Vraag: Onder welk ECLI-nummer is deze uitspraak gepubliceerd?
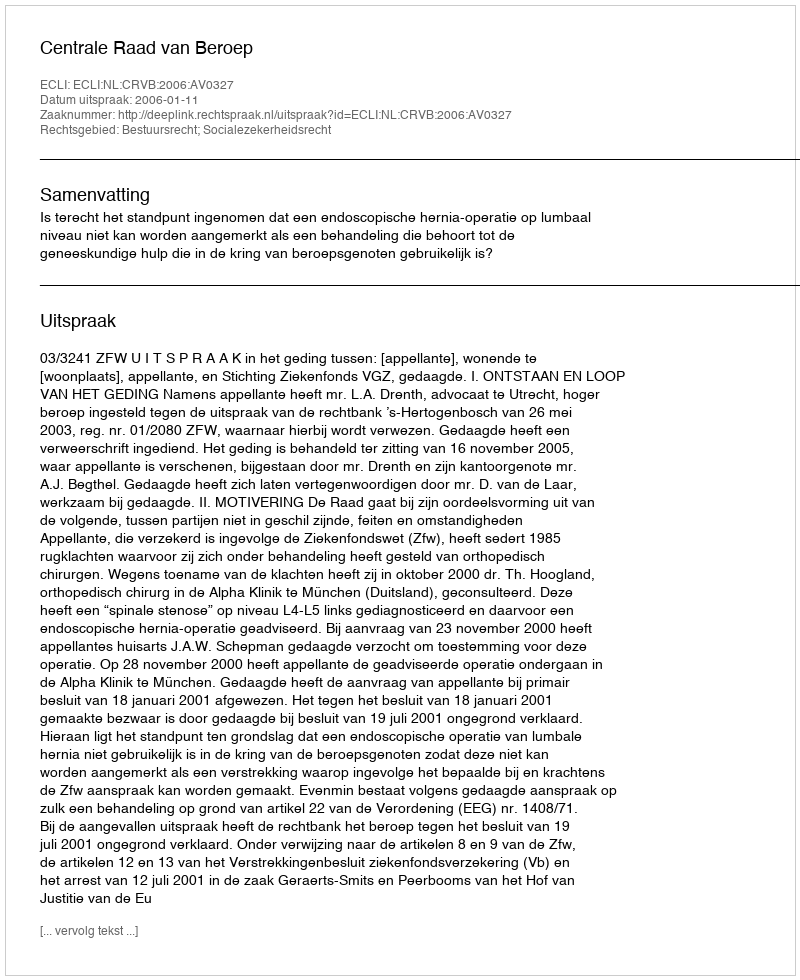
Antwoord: ECLI:NL:CRVB:2006:AV0327